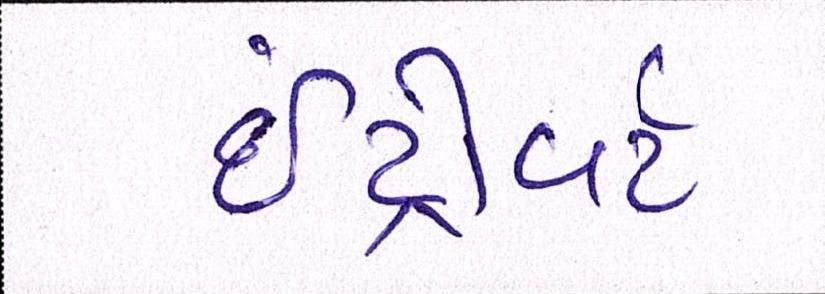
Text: ઇંટ્રોવર્ટ